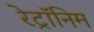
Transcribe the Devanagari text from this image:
रेट्रॉनिम